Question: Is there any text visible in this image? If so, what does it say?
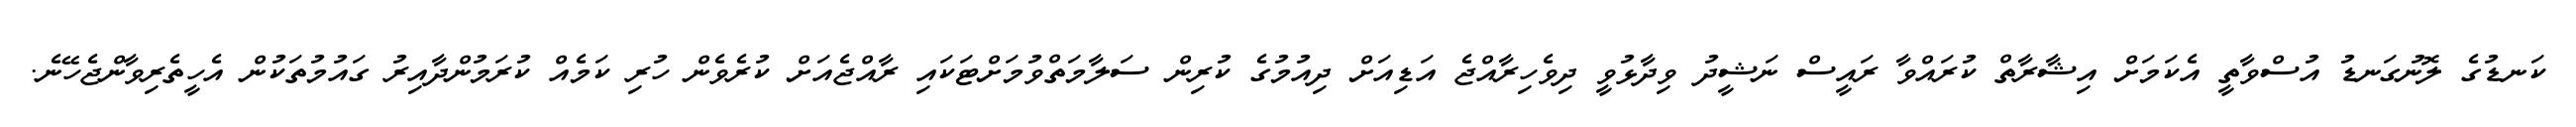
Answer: ކަނޑުގެ ލޮނުގަނޑު އުސްވާތީ އެކަމަށް އިޝާރާތް ކުރައްވާ ރައީސް ނަޝީދު ވިދާޅުވީ ދިވެހިރާއްޖެ އަޑިއަށް ދިއުމުގެ ކުރިން ސަލާމަތްވުމަށްޓަކައި ރާއްޖެއަށް ކުރެވެން ހުރި ކަމެއް ކުރަމުންދާއިރު ގައުމުތަކުން އެހީތެރިވާންޖެހޭނެ.